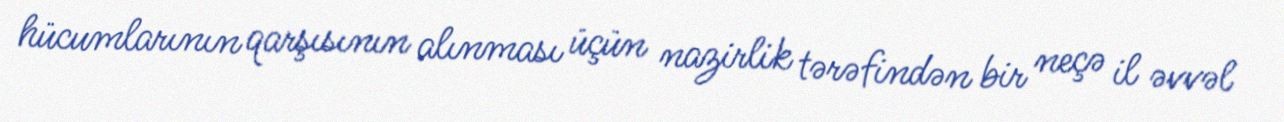
hücumlarının qarşısının alınması üçün nazirlik tərəfindən bir neçə il əvvəl